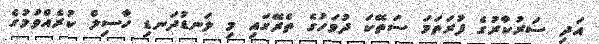
އަދި ސަރުކާރުގެ ފުރަތަމަ ސަތޭކަ ދުވަހުގެ ތެރޭގައި މި ލަނޑުދަނޑި ހާސިލް ކުރެއްވުމުގެ